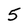
Character: 5